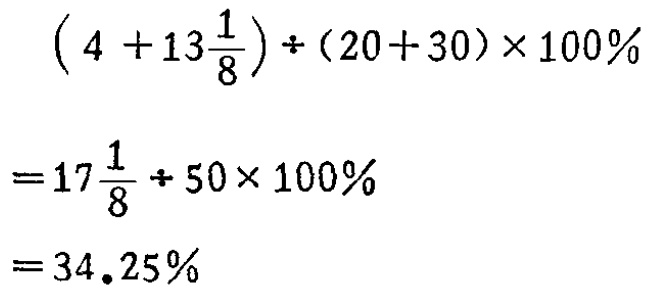
\((4 + 13\frac{1}{8})\div(20 + 30)\times100\%\\

=17\frac{1}{8}\div50\times100\%\\

=34.25\%\)